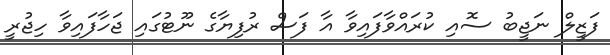
ފަޒީލް ނަޖީބު ސޮއި ކުރައްވާފައިވާ އާ ފަސް ރުފިޔާގެ ނޫޓުގައި ޖަހާފައިވާ ހިޖުރީ